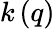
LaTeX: k\, (q)